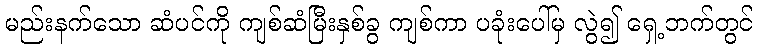
မည်းနက်သော ဆံပင်ကို ကျစ်ဆံမြီးနှစ်ခွ ကျစ်ကာ ပခုံးပေါ်မှ လွဲ၍ ရှေ့ဘက်တွင်